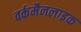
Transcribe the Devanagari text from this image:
वर्कमैनलाइक